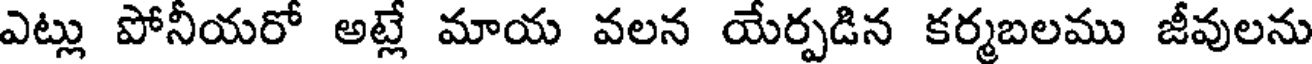
ఎట్లు పోనీయరో అట్లే మాయ వలన యేర్పడిన కర్మబలము జీవులను